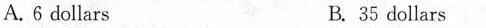
A.6 dollars B. 35 dollars